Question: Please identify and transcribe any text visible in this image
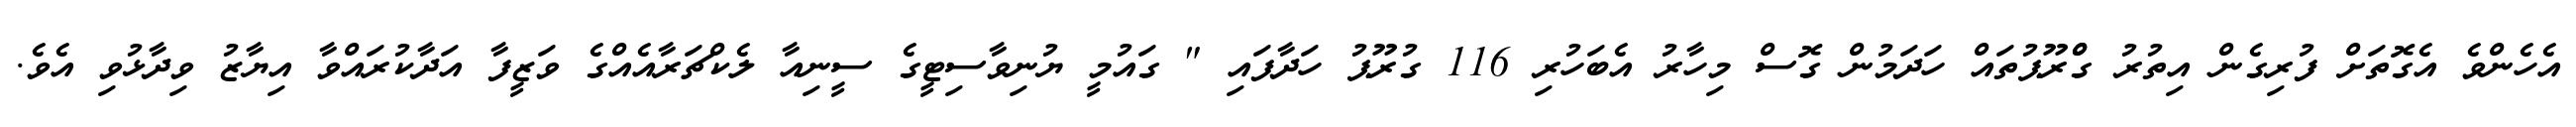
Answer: އެހެންވެ އެގޮތަށް ފުރިގެން އިތުރު ގްްރޫޕުތައް ހަދަމުން ގޮސް މިހާރު އެބަހުރި 116 ގުރޫޕު ހަދާފައި " ގައުމީ ޔުނިވާސިޓީގެ ސީނިއާ ލެކްޗަރާއެއްގެ ވަޒީފާ އަދާކުރައްވާ އިޔާޒު ވިދާޅުވި އެވެ.